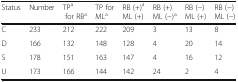
<table><thead><tr><td><b>Status</b></td><td><b>Number</b></td><td><b>TP<sup>a</sup> for RB<sup>a</sup></b></td><td><b>TP for ML<sup>a</sup></b></td><td><b>RB (+)<sup>a</sup> ML (+)</b></td><td><b>RB (+) ML (−)<sup>a</sup></b></td><td><b>RB (−) ML (+)</b></td><td><b>RB (−) ML (−)</b></td></tr></thead><tbody><tr><td>C</td><td>233</td><td>212</td><td>222</td><td>209</td><td>3</td><td>13</td><td>8</td></tr><tr><td>D</td><td>166</td><td>132</td><td>148</td><td>128</td><td>4</td><td>20</td><td>14</td></tr><tr><td>S</td><td>178</td><td>151</td><td>163</td><td>147</td><td>4</td><td>16</td><td>12</td></tr><tr><td>U</td><td>173</td><td>166</td><td>144</td><td>142</td><td>24</td><td>2</td><td>4</td></tr></tbody></table>